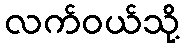
လက်ဝယ်သို့